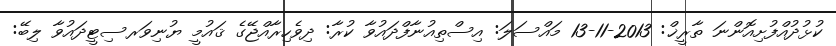
ކުޅުދުއްފުށިއޮންނަ ތާރީޚް: 2013-11-13 މައްސަލަ: އިސްތިއުނާފްދައުވާ ކުރާ: ދިވެހިރާއްޖޭގެ ޤައުމީ ޔުނިވަރސިޓީދައުވާ ލިބޭ: